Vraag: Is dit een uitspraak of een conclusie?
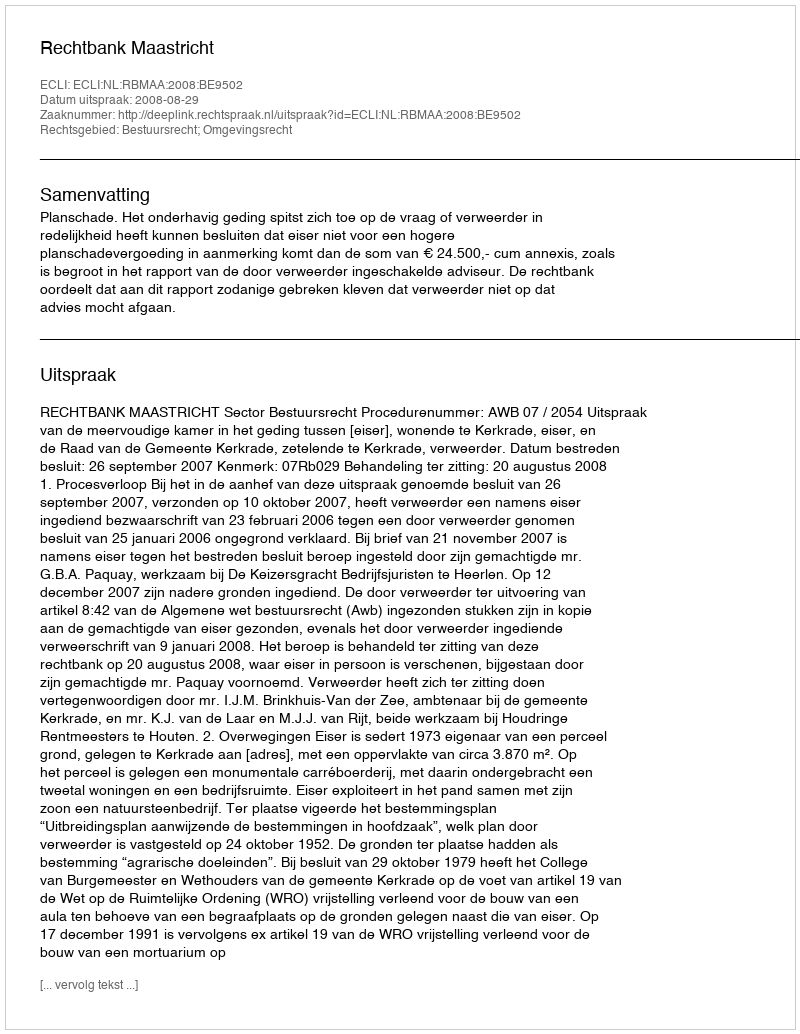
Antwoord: Uitspraak